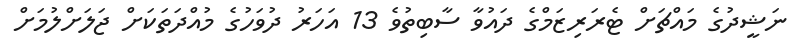
ނަޝީދުގެ މައްޗަށް ޓެރަރިޒަމްގެ ދައުވާ ސާބިތުވެ 13 އަހަރު ދުވަހުގެ މުއްދަތަކަށް ޖަލަށްލުމަށް